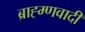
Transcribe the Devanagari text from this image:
ब्राह्म्णवादी